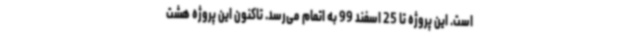
است. این پروژه تا 25 اسفند 99 به اتمام می‌رسد. تاکنون این پروژه هشت